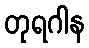
တုရဂါန